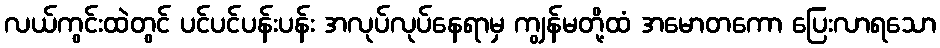
လယ်ကွင်းထဲတွင် ပင်ပင်ပန်းပန်း အလုပ်လုပ်နေရာမှ ကျွန်မတို့ထံ အမောတကော ပြေးလာရသော